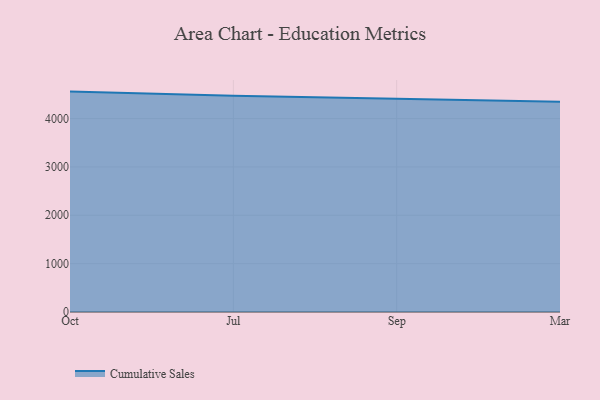
{"axis": {"x": "Month", "y": "Production Output"}, "legend": ["Cumulative Sales"], "data": [{"x": "Oct", "y": 4558.1, "type": "Cumulative Sales"}, {"x": "Jul", "y": 4472.9, "type": "Cumulative Sales"}, {"x": "Sep", "y": 4409.2, "type": "Cumulative Sales"}, {"x": "Mar", "y": 4346.8, "type": "Cumulative Sales"}]}